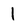
Character: 1